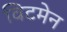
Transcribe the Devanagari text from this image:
विटमेन